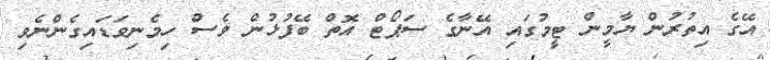
އޭގެ އިތުރުން ޔާމީން ޓީމުގައި އޭނާގެ ސަޕޯޓް އޮތް ބޭފުޅުން ވެސް ހިމެނިވަޑައިގެންނެވި